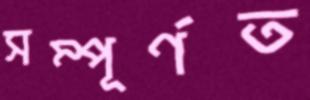
সম্পূর্ণত